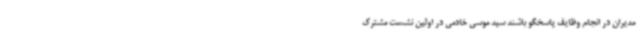
مدیران در انجام وظایف پاسخگو باشند سید موسی خادمی در اولین نشست مشترک